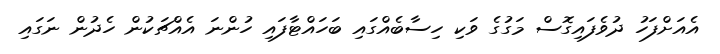
އެއަށްފަހު ދުވެފައިގޮސް މަގުގެ ވަކި ހިސާބެއްގައި ބަހައްޓާފައި ހުންނަ އެއްޗަކުން ހެދުން ނަގައި